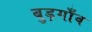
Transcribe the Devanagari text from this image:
बुड़गाँव